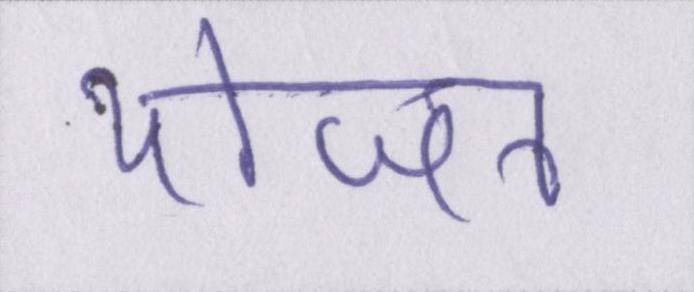
योजन